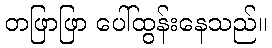
တဖြာဖြာ ပေါ်ထွန်းနေသည်။